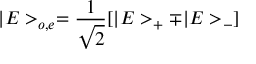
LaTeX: | E > _ { o , e } = \frac { 1 } { \sqrt 2 } [ | E > _ { + } \mp | E > _ { - } ]